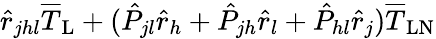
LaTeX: \hat{r}_{jhl}\overline{{T}}_{\mathrm{L}}+(\hat{P}_{jl}\hat{r}_{h}+\hat{P}_{jh}\hat{r}_{l}+\hat{P}_{hl}\hat{r}_{j})\overline{{T}}_{\mathrm{LN}}